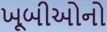
ખૂબીઓનો